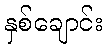
နှစ်ချောင်း